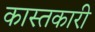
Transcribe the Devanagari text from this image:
कास्तकारी